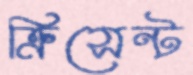
ক্রিসেন্ট